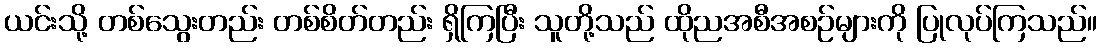
ယင်းသို့ တစ်သွေးတည်း တစ်စိတ်တည်း ရှိကြပြီး သူတို့သည် ထိုညအစီအစဉ်များကို ပြုလုပ်ကြသည်။